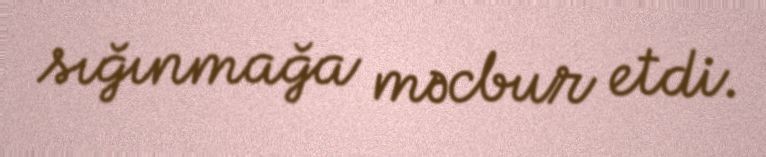
sığınmağa məcbur etdi.